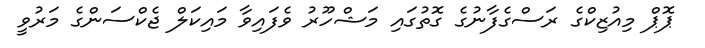
ޕޮޕް މިއުޒިކްގެ ރަސްގެފާނުގެ ގޮތުގައި މަޝްހޫރު ވެފައިވާ މައިކަލް ޖެކްސަންގެ މަރުވީ